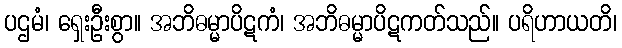
ပဌမံ၊ ရှေးဦးစွာ။ အဘိဓမ္မာပိဋကံ၊ အဘိဓမ္မာပိဋကတ်သည်။ ပရိဟာယတိ၊